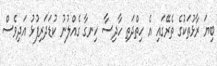
ބިޔަ ރާޅުތަކުގެ ތެރޭގައި އެ ހިތްދަތި ހާދިސާ ހިނގާ ގެއްލުނު ކުޑަދަރިފުޅު އަދިވެސް